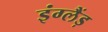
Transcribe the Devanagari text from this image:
इंग्लैंड़